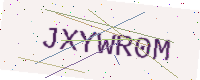
Text: JXYWR0M